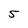
Character: 5